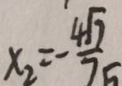
x _ { 2 } = - \frac { 4 \sqrt { 7 } } { 7 5 }